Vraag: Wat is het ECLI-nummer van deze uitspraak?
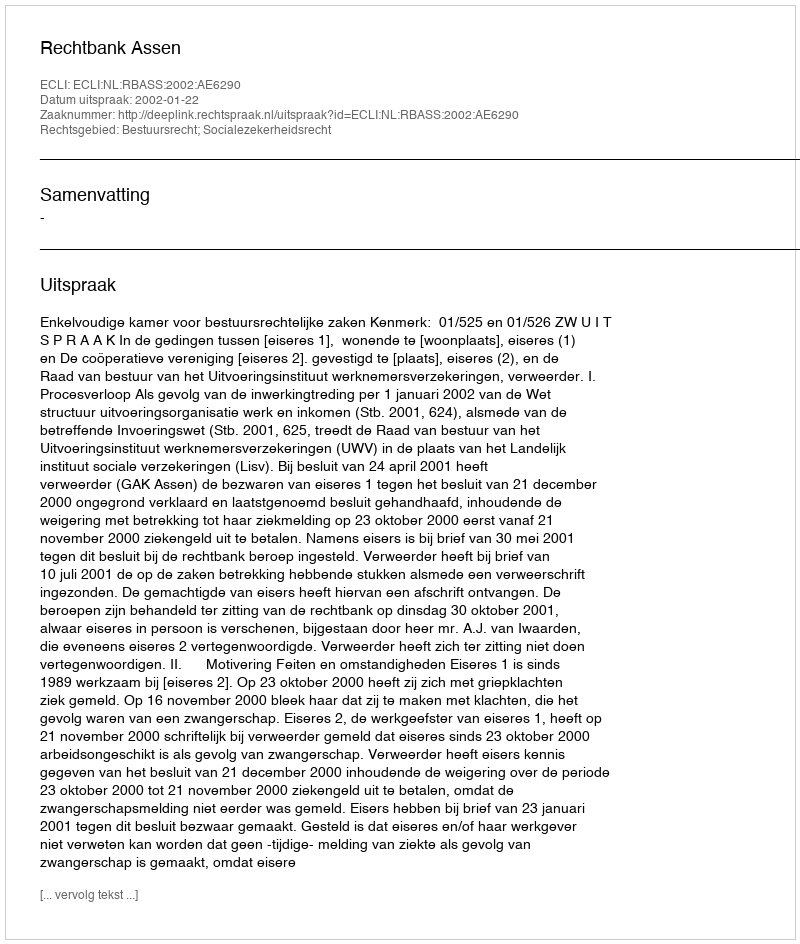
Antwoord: ECLI:NL:RBASS:2002:AE6290